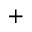
+